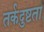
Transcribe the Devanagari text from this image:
तर्कदुष्टता